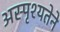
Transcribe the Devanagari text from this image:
अस्पृश्यतेने